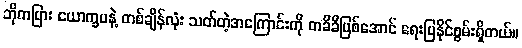
ဘိုကပြား ယောက္ခမနဲ့ တစ်ချိန်လုံး သတ်တဲ့အကြောင်းကို တခိခိဖြစ်အောင် ရေးပြနိုင်စွမ်းရှိတယ်။